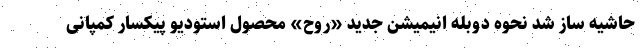
حاشیه ساز شد نحوه دوبله انیمیشن جدید «روح» محصول استودیو پیکسار کمپانی